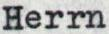
Herrn